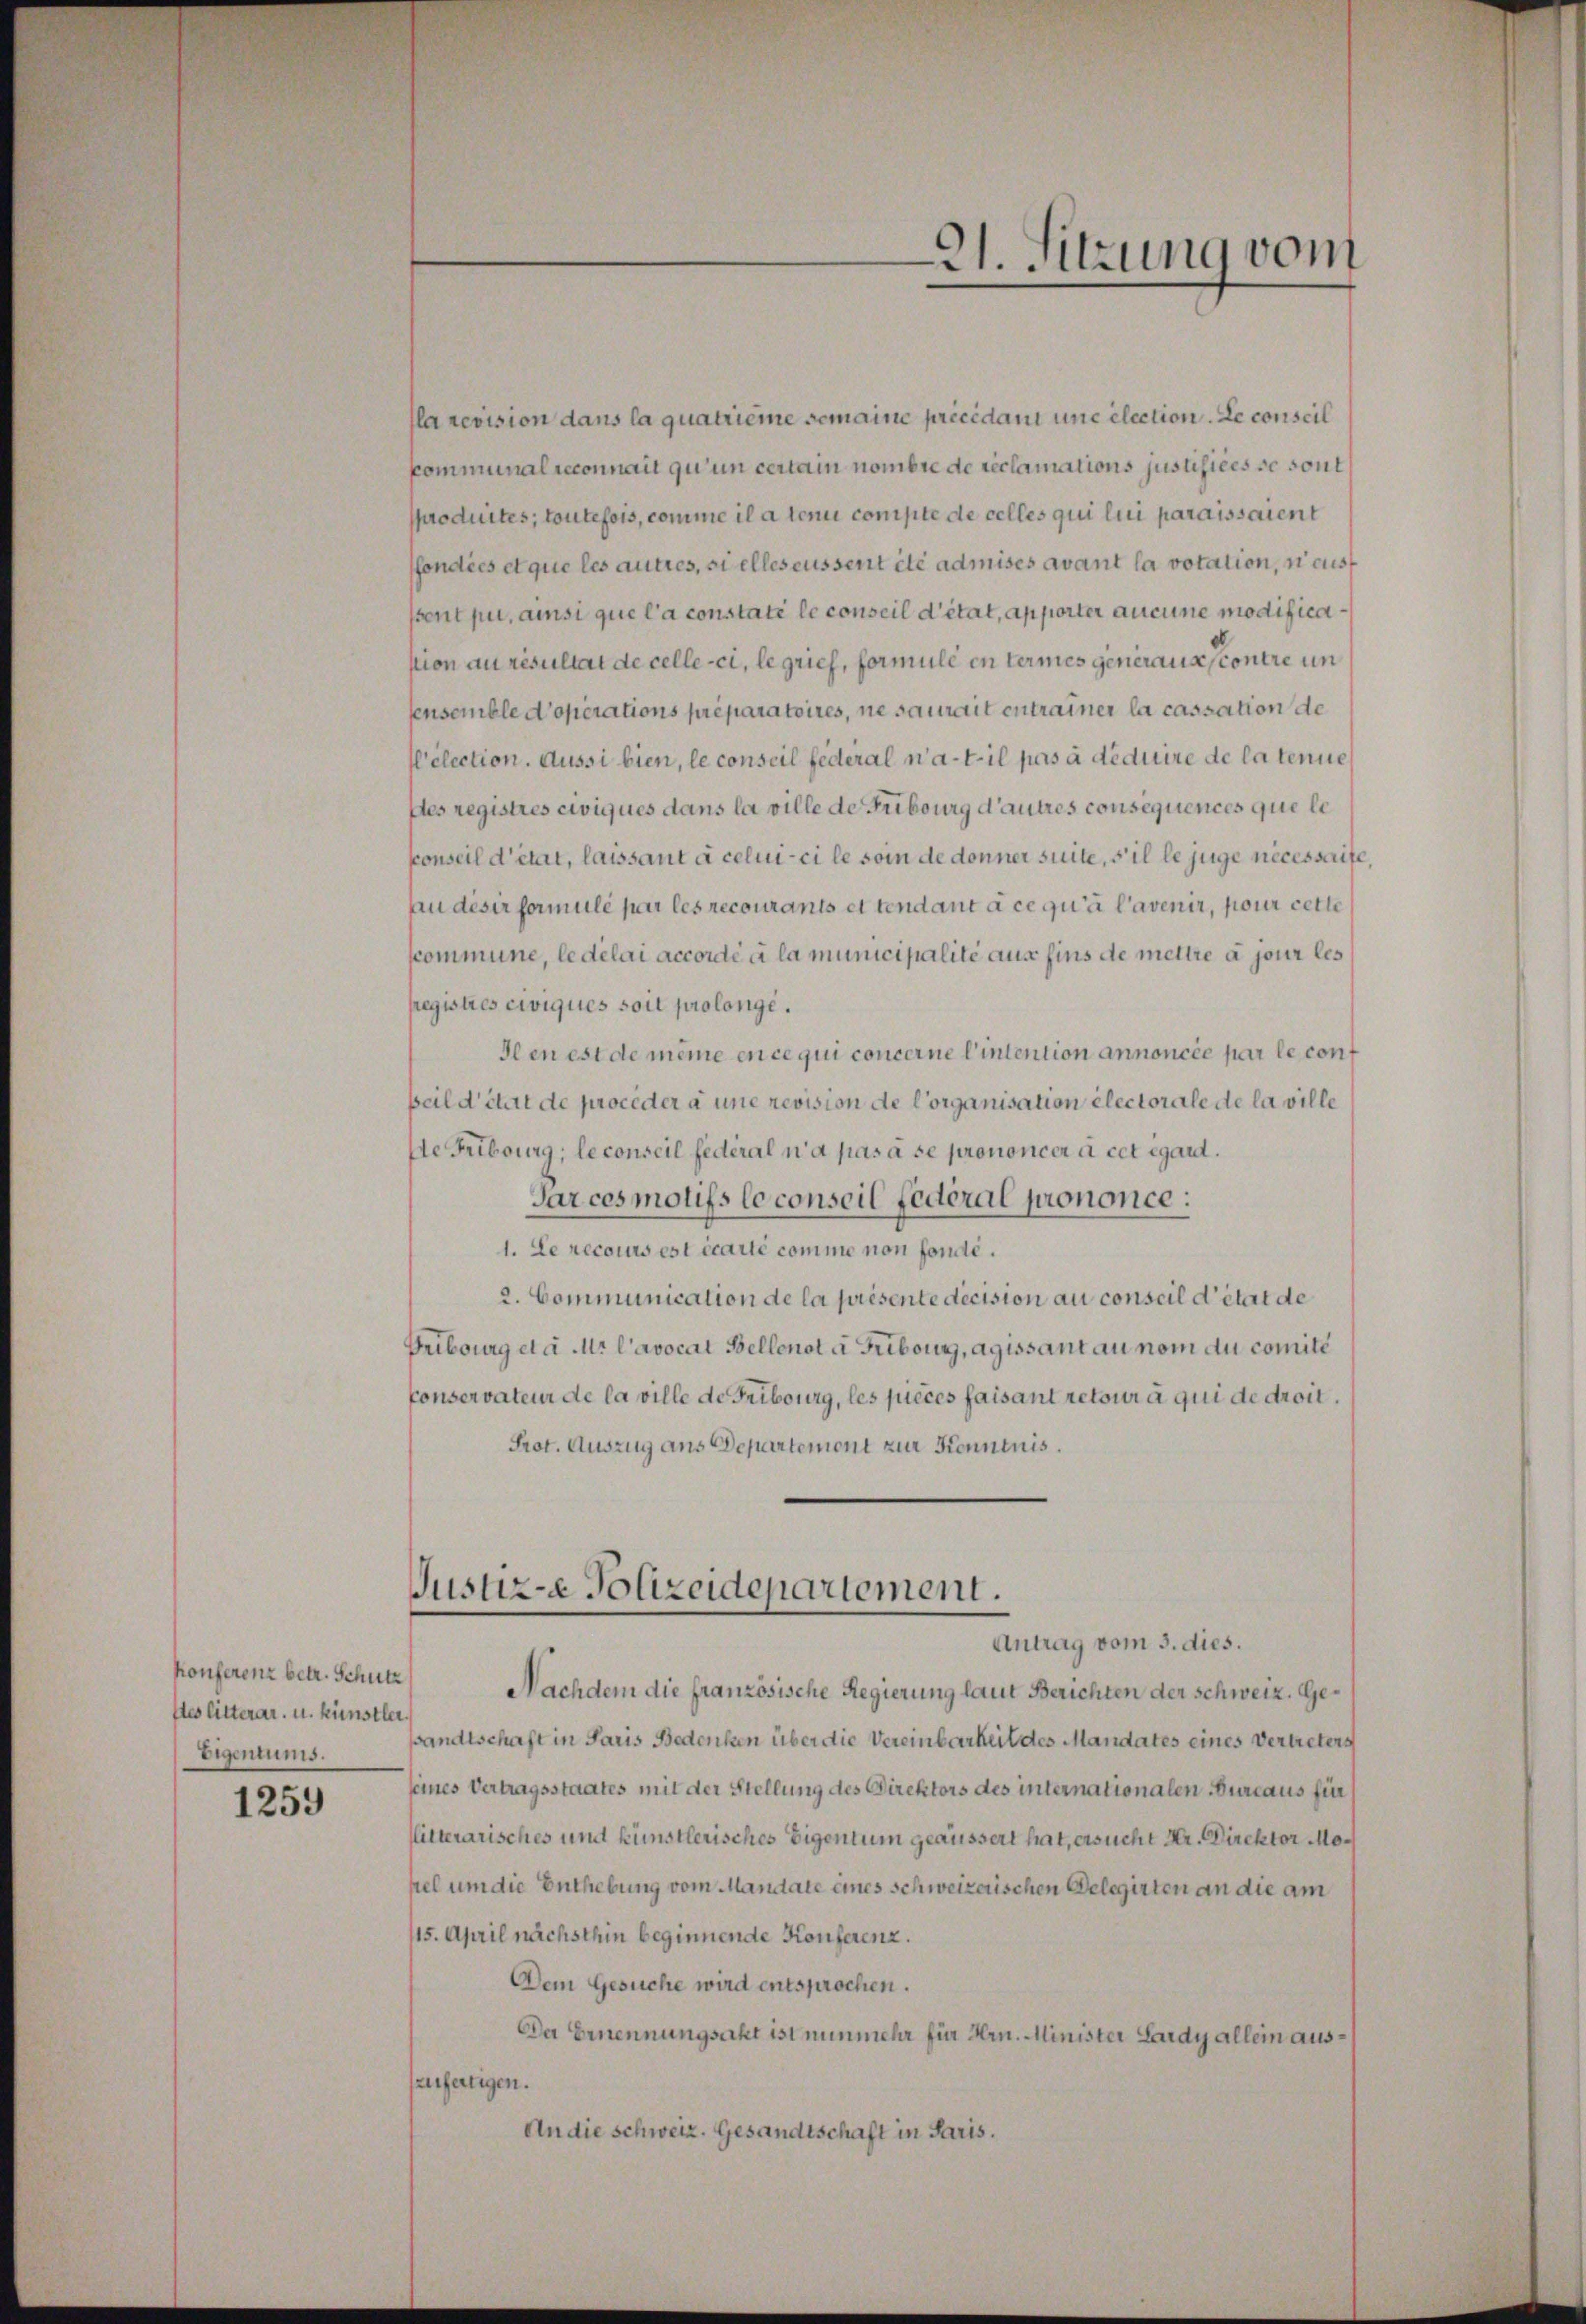
Konferenz betr. Schutz
stes litterar, u. künstler
Eigentums.

1259

fla revision dans la quatrième semaine précédani une élection. Le conseil
Communalseconnait qu’un certain nombre de reclamations justifiées se sont
sproduites; toutefois, comme il a tenu compte de celles qui lui paraissaient
fondées et que les autres, si elles eussent été admises avant la votation, ni aus
sent pur, ainsi que l’a constati le conseil d’état, apporter aucune modificastion au résultat de celle-ci, le grich, formule en termes generausscontre un
sensemble doperations préparatoires, ne saurait entrainer la cassation de
Pélection. Aussi bien, le conseil federal n’a-til pas à déduire de la tenue
stes registres civiques dans la ville de Fribourg d’autres consequences que le
ponseil d’état, laissant à celui-ci le soin de donner suite, s’il le juge necessaite,
au désir formule par les recourants et tendant à ce qu’à l’avenir, pour cette
kcommune, le délai accordé à la municipalité aus fins de mettre à jour les
pregistres civiques soit prolonge.
Il en est de même en ce qui concerne l’intention annoncée par le conf
Beil d’état de proceder à une revision de Corganisation electorale de la ville
de Fribourg, le conseil fédéral n’a pas à se prononcer à cet égard.
Parces motifs loconseil fédéral prononce:
1. Le recours est écarté comme non fonde.
2. Communication de la présente decision au conseil d’état de
Fribourg da Mr l’avocat Belleno a Fribours, agissant au nom du comité
conservateur de la ville de Fribourg, les pieces faisant retour à qui de droit.
Prot. Auszug aus Departement zur Kenntnis.
Justiz-e Polizeidepartement.
Antrag vom 3. dies.
Nachdem die französische Regierung laut Berichten der Schweiz. Gesandtschaft in Paris Bedenken über die Vereinbarkeit des Mandates eines Vertreters
seines Vertragsstaates mit der Stellung des Direktors des internationalen Bureaus für
litterarisches und künstlerisches Eigentum geäussert hat, ersucht Hr. Direktor Mohel um die Enthebung vom Mandate eines schweizerischen Delegirten an die am
115. April nächsthin beginnende Konferenz.
Dem Gesuche wird entsprochen.
Da Ernennungsakt ist nunmehr für Hrn. Minister Lardy allein auszerfertigen.
An die schweiz. Gesandtschaft in Paris.

A. Sitzung vom